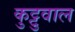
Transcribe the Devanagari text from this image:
कुट्टुवाल